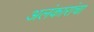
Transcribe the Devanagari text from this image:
अलंकारांचा